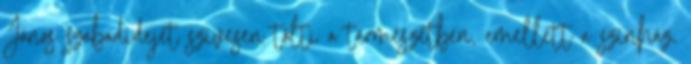
János szabadidejét szívesen tölti a természetben, emellett a színház,